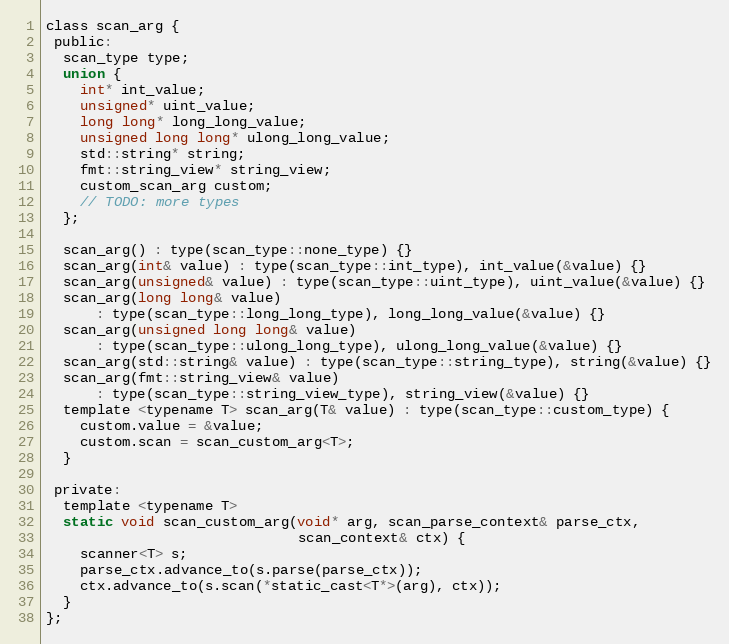
Language: C
class scan_arg {
 public:
  scan_type type;
  union {
    int* int_value;
    unsigned* uint_value;
    long long* long_long_value;
    unsigned long long* ulong_long_value;
    std::string* string;
    fmt::string_view* string_view;
    custom_scan_arg custom;
    // TODO: more types
  };

  scan_arg() : type(scan_type::none_type) {}
  scan_arg(int& value) : type(scan_type::int_type), int_value(&value) {}
  scan_arg(unsigned& value) : type(scan_type::uint_type), uint_value(&value) {}
  scan_arg(long long& value)
      : type(scan_type::long_long_type), long_long_value(&value) {}
  scan_arg(unsigned long long& value)
      : type(scan_type::ulong_long_type), ulong_long_value(&value) {}
  scan_arg(std::string& value) : type(scan_type::string_type), string(&value) {}
  scan_arg(fmt::string_view& value)
      : type(scan_type::string_view_type), string_view(&value) {}
  template <typename T> scan_arg(T& value) : type(scan_type::custom_type) {
    custom.value = &value;
    custom.scan = scan_custom_arg<T>;
  }

 private:
  template <typename T>
  static void scan_custom_arg(void* arg, scan_parse_context& parse_ctx,
                              scan_context& ctx) {
    scanner<T> s;
    parse_ctx.advance_to(s.parse(parse_ctx));
    ctx.advance_to(s.scan(*static_cast<T*>(arg), ctx));
  }
};